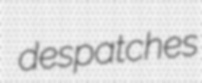
despatches